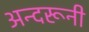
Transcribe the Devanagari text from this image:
अन्‍दरूनी